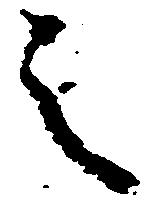
之